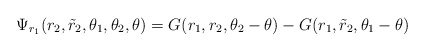
\begin{align*}\Psi_{r_1}(r_2,\tilde{r}_2,\theta_1,\theta_2,\theta) =G(r_1,r_2,\theta_2-\theta)- G(r_1,\tilde{r}_2,\theta_1-\theta)\end{align*}